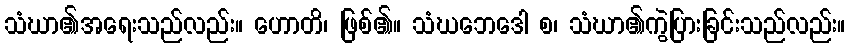
သံဃာ၏အရေးသည်လည်း။ ဟောတိ၊ ဖြစ်၏။ သံဃဘေဒေါ စ၊ သံဃာ၏ကွဲပြားခြင်းသည်လည်း။